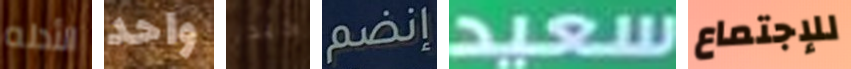
الأدله واحد كبد إنضم سعيد للإجتماع